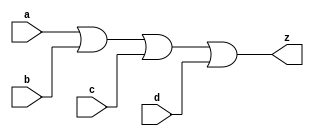
//#############################################################################
//# Function: 4 Input Or Gate                                                 #
//# Copyright: Lambda Project Authors. All rights Reserved.                   #
//# License:  MIT (see LICENSE file in Lambda repository)                     #
//#############################################################################

module la_or4 #(
    parameter PROP = "DEFAULT"
) (
    input  a,
    input  b,
    input  c,
    input  d,
    output z
);

    assign z = a | b | c | d;

endmodule